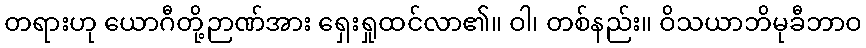
တရားဟု ယောဂီတို့ဉာဏ်အား ရှေးရှုထင်လာ၏။ ဝါ၊ တစ်နည်း။ ဝိသယာဘိမုခီဘာဝ